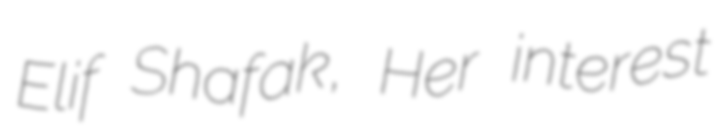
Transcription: Elif Shafak, Her interest